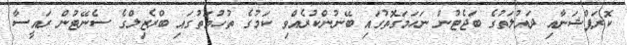
ކޮރަޕްޝަނާއި ދައުލަތުގެ ބަޖެޓުން ނަހަމަގޮތުގައި ބޭނުންކުރެއްވި ކަމުގެ ތުހުމަތުގައި ބްރެޒިލްގެ ސެނޭޓުން ރައީސާ